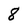
Character: 8